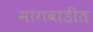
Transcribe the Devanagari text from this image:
मांगवाडीत